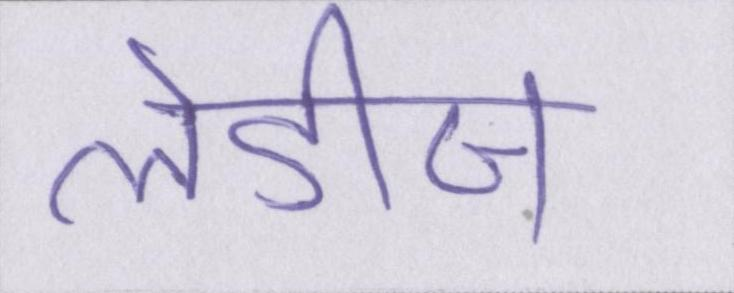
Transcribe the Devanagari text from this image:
लेडीज